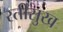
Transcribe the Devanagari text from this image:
रतीसुख